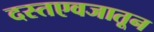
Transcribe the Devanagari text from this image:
दस्तएवजातून